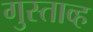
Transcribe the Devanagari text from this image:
गुस्ताव्ह